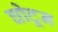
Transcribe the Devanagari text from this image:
घोटून